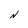
Character: N